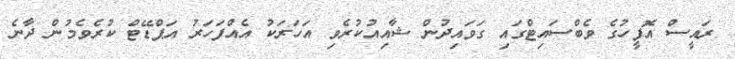
ރައީސް އޮފީހުގެ ވެބްސައިޓްގައި ގަވައިދުން ޝާއިއުކުރެވި އަހަރަކު އެއްފަހަރު އަޕްޑޭޓް ކުރެވެމުން ދާނެ